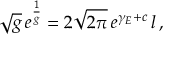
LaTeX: \sqrt { g } \, e ^ { \frac { 1 } { g } } = 2 \sqrt { 2 \pi } \, e ^ { \gamma _ { E } + c } \, l \, ,